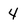
Character: 4